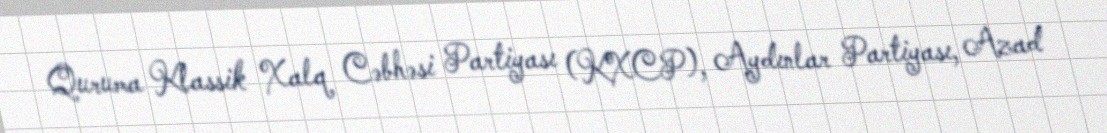
Quruma Klassik Xalq Cəbhəsi Partiyası (KXCP), Aydınlar Partiyası, Azad